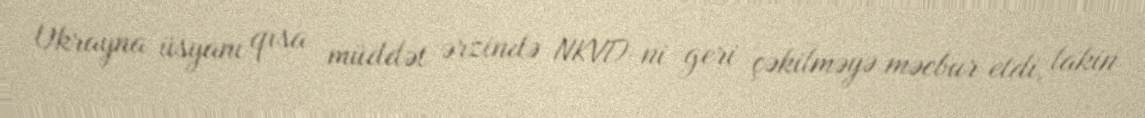
Ukrayna üsyanı qısa müddət ərzində NKVD-ni geri çəkilməyə məcbur etdi, lakin